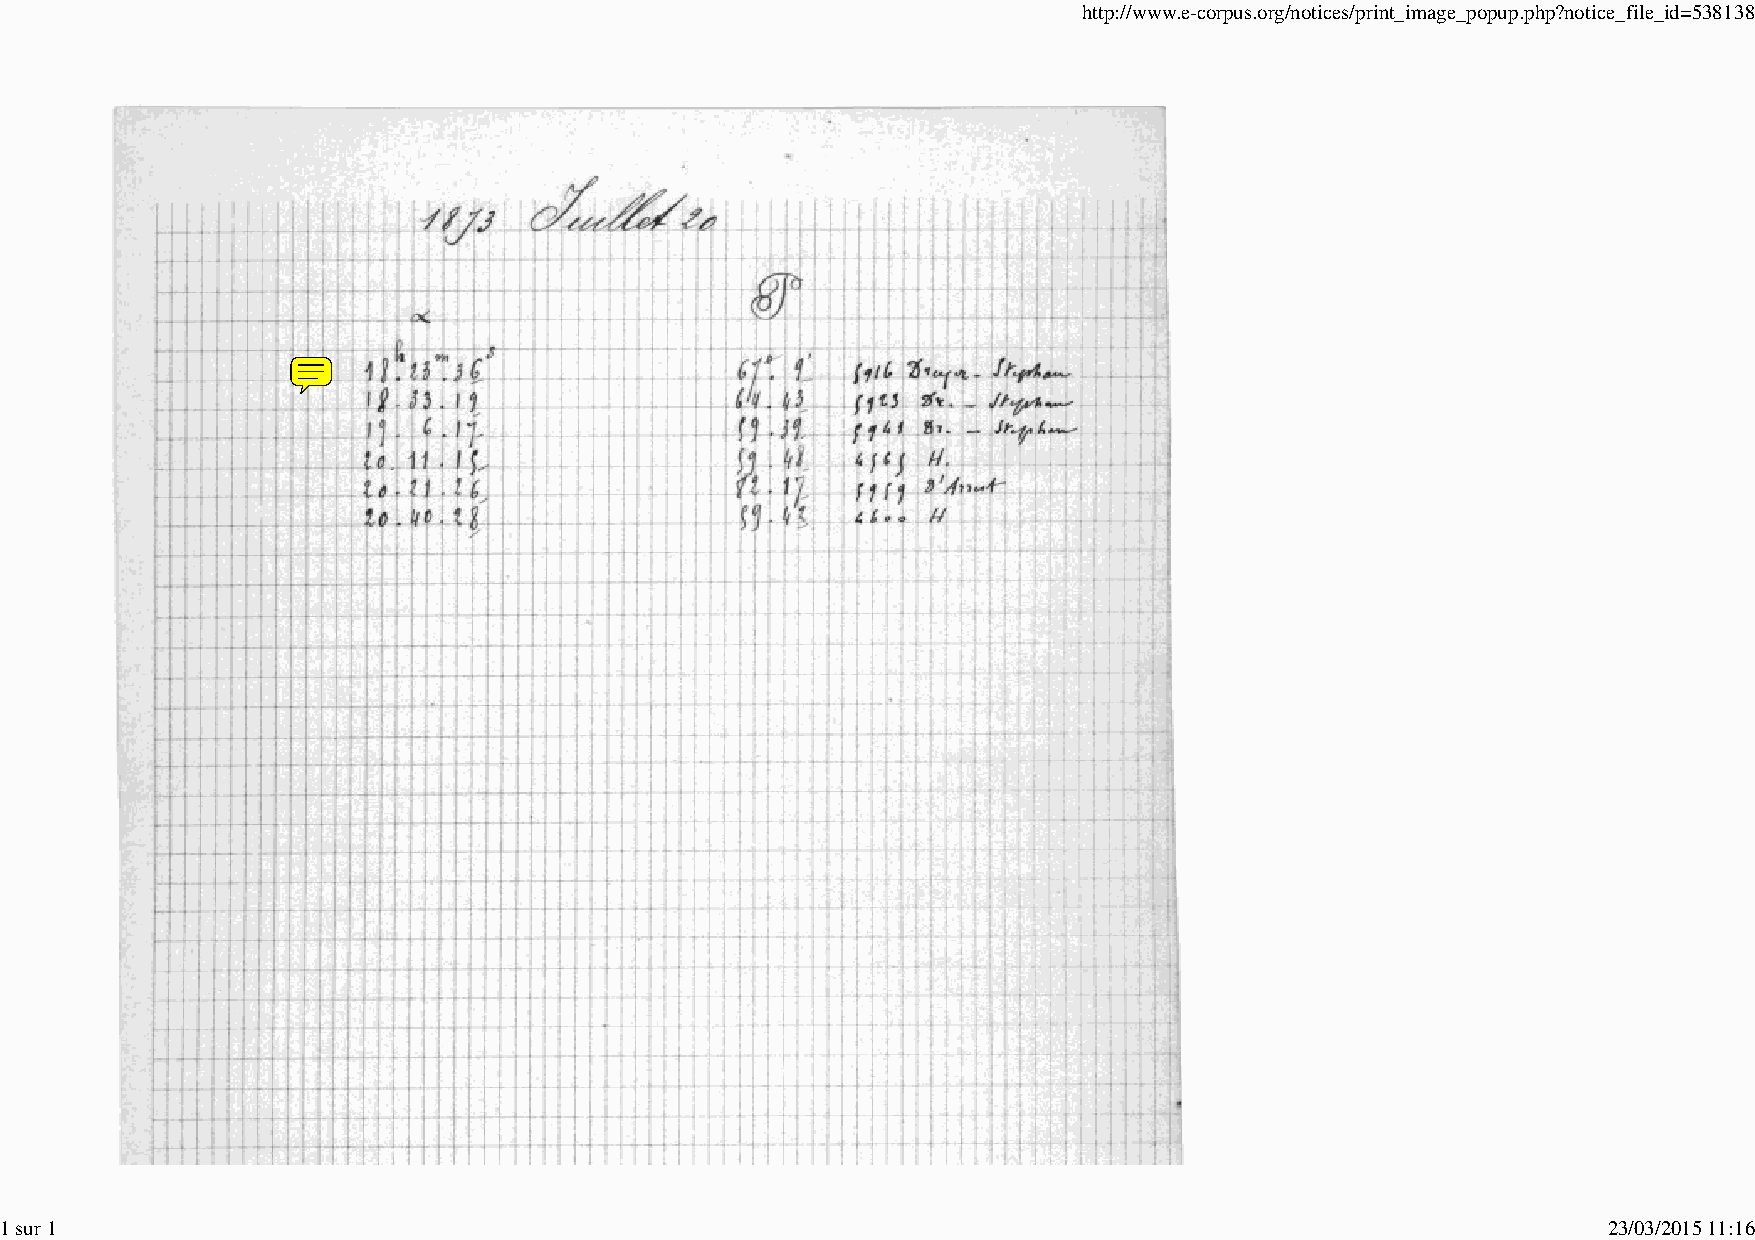
http://www.e-corpus.org/notices/print_image_popup.php?notice_file_id=538138
 1 sur 1                                                                                                   23/03/2015 11:16